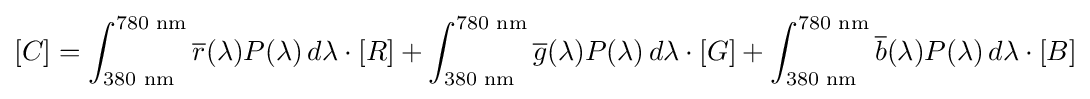
[C]=\int _{380{\text{ nm}}}^{780{\text{ nm}}}{\overline {r}}(\lambda )P(\lambda )\,d\lambda \cdot [R]+\int _{380{\text{ nm}}}^{780{\text{ nm}}}{\overline {g}}(\lambda )P(\lambda )\,d\lambda \cdot [G]+\int _{380{\text{ nm}}}^{780{\text{ nm}}}{\overline {b}}(\lambda )P(\lambda )\,d\lambda \cdot [B]